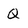
Character: Q